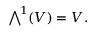
{ \textstyle \bigwedge } ^ { \! 1 } ( V ) = V .